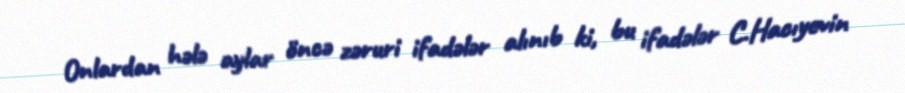
Onlardan hələ aylar öncə zəruri ifadələr alınıb ki, bu ifadələr C.Hacıyevin